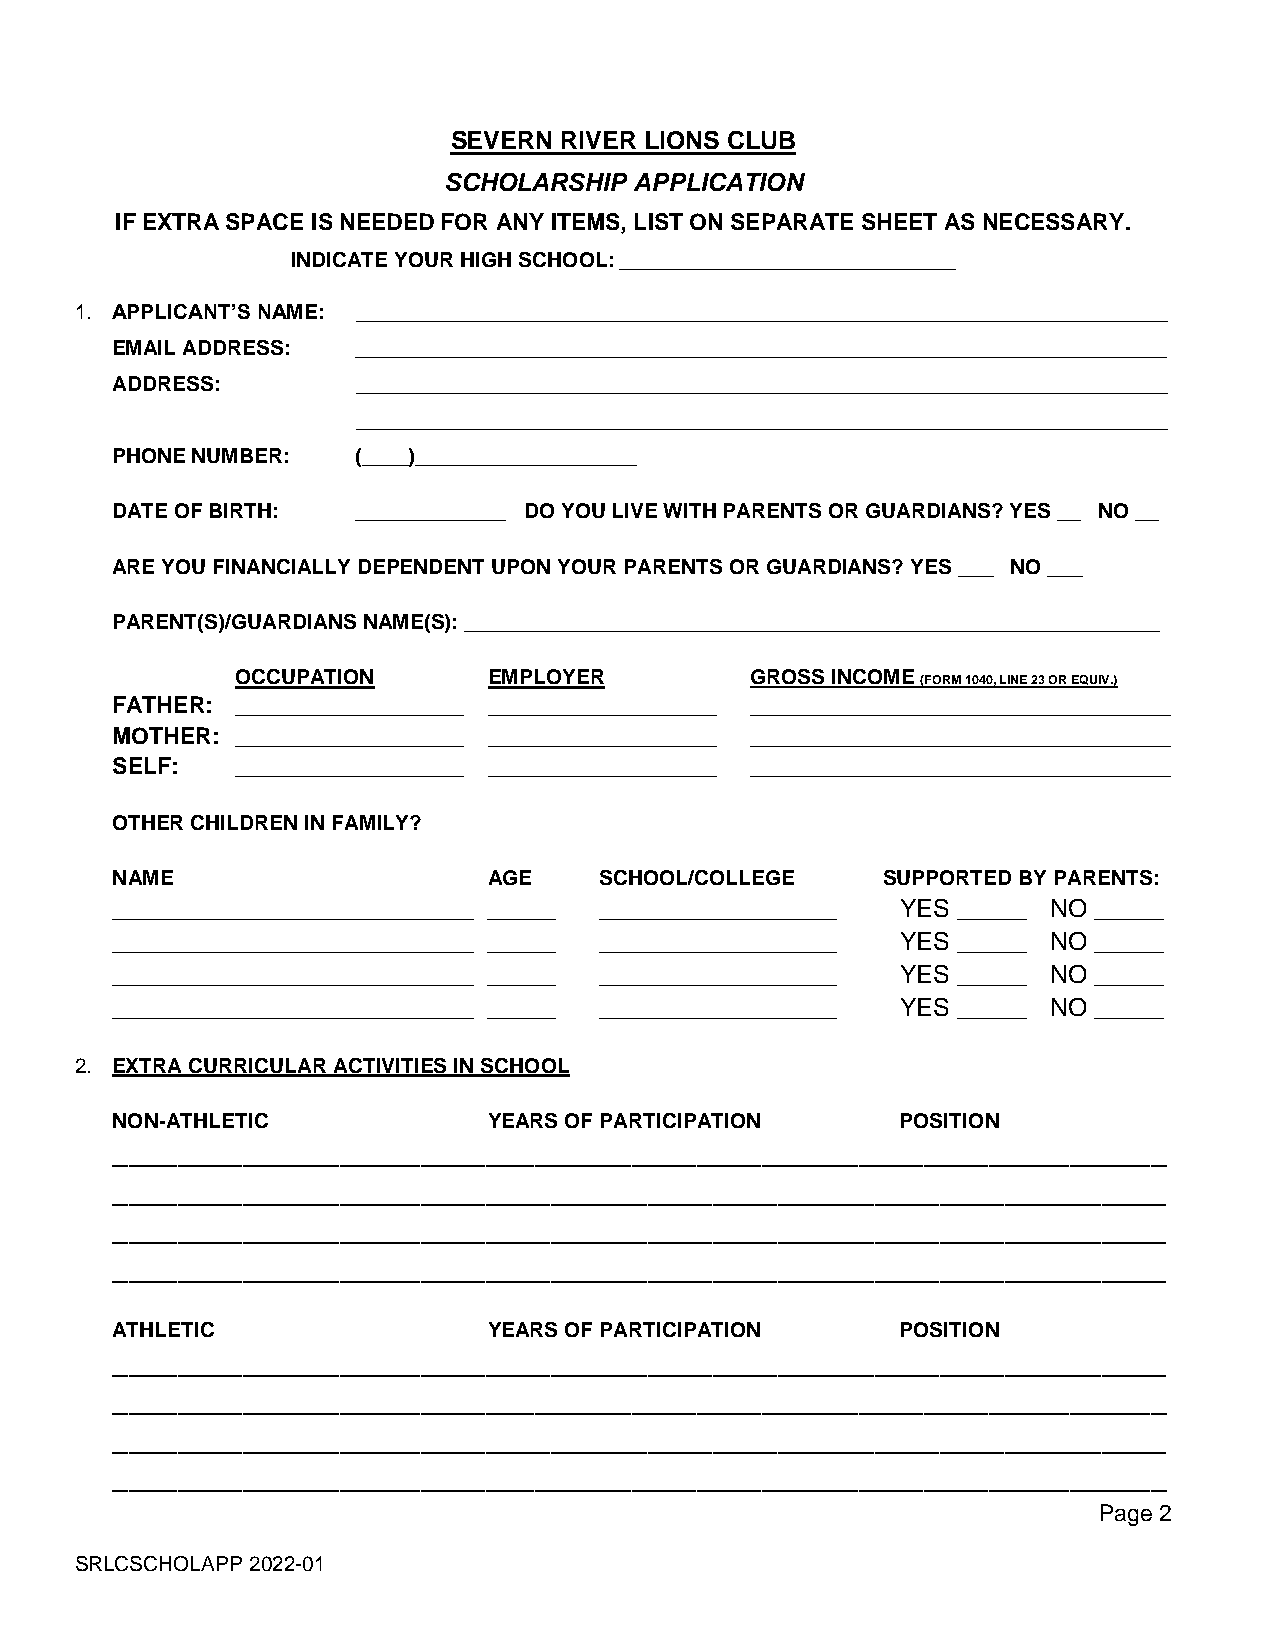
SEVERN RIVER LIONS CLUB
 SCHOLARSHIP  APPLICATION
 IF EXTRA SPACE IS NEEDED FOR ANY ITEMS, LIST ON SEPARATE SHEET AS NECESSARY.
 INDICATE YOUR HIGH SCHOOL: _____________________________
 1. APPLICANT’S NAME: ______________________________________________________________________
 EMAIL ADDRESS:   ______________________________________________________________________
 ADDRESS:         ______________________________________________________________________
 ______________________________________________________________________
 PHONE NUMBER:    (____)___________________
 DATE OF BIRTH:   _____________ DO YOU LIVE WITH PARENTS OR GUARDIANS? YES __ NO __
 ARE YOU FINANCIALLY DEPENDENT UPON YOUR PARENTS OR GUARDIANS? YES ___ NO ___
 PARENT(S)/GUARDIANS NAME(S): ____________________________________________________________
 OCCUPATION      EMPLOYER          GROSS INCOME
 (FORM 1040, LINE 23 OR EQUIV.)
 FATHER:  __________________ __________________ _________________________________
 MOTHER:  __________________ __________________ _________________________________
 SELF:    __________________ __________________ _________________________________
 OTHER CHILDREN IN FAMILY?
 NAME                     AGE     SCHOOL/COLLEGE    SUPPORTED BY PARENTS:
 __________________________ _____ _________________   YES _____ NO _____
 __________________________ _____ _________________   YES _____ NO _____
 __________________________ _____ _________________   YES _____ NO _____
 __________________________ _____ _________________   YES _____ NO _____
 2. EXTRA CURRICULAR ACTIVITIES IN SCHOOL
 NON-ATHLETIC             YEARS OF PARTICIPATION      POSITION
 _________________________________________________________________
 _________________________________________________________________
 _________________________________________________________________
 _________________________________________________________________
 ATHLETIC                 YEARS OF PARTICIPATION      POSITION
 _________________________________________________________________
 _________________________________________________________________
 _________________________________________________________________
 _________________________________________________________________
 Page 2
 SRLCSCHOLAPP 2022-01